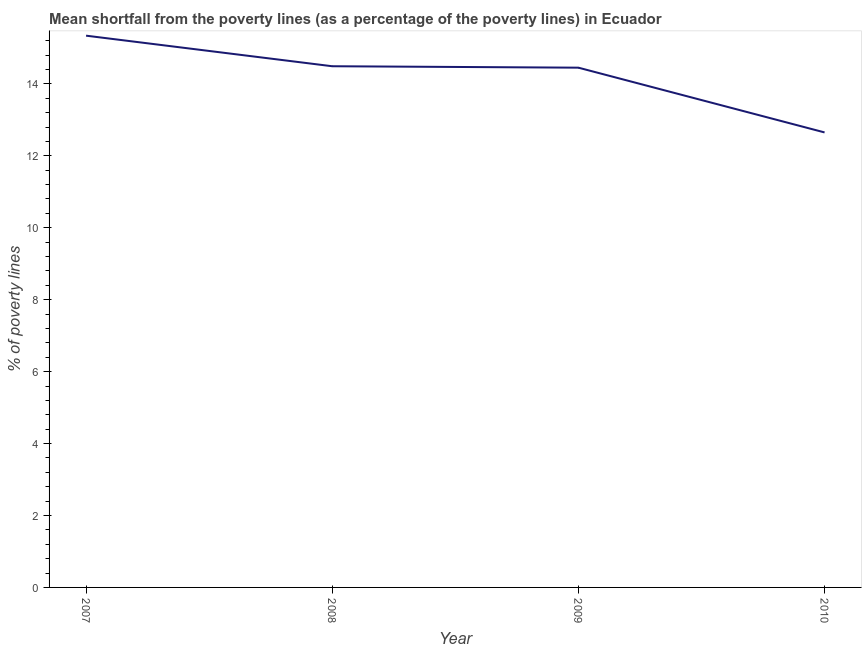
| Year | Poverty gap at national poverty lines |
 | --- | --- |
 | 2007 | 15.3 |
 | 2008 | 14.5 |
 | 2009 | 14.4 |
 | 2010 | 12.7 |